Scottish Leaving Certificate Examination, 1957
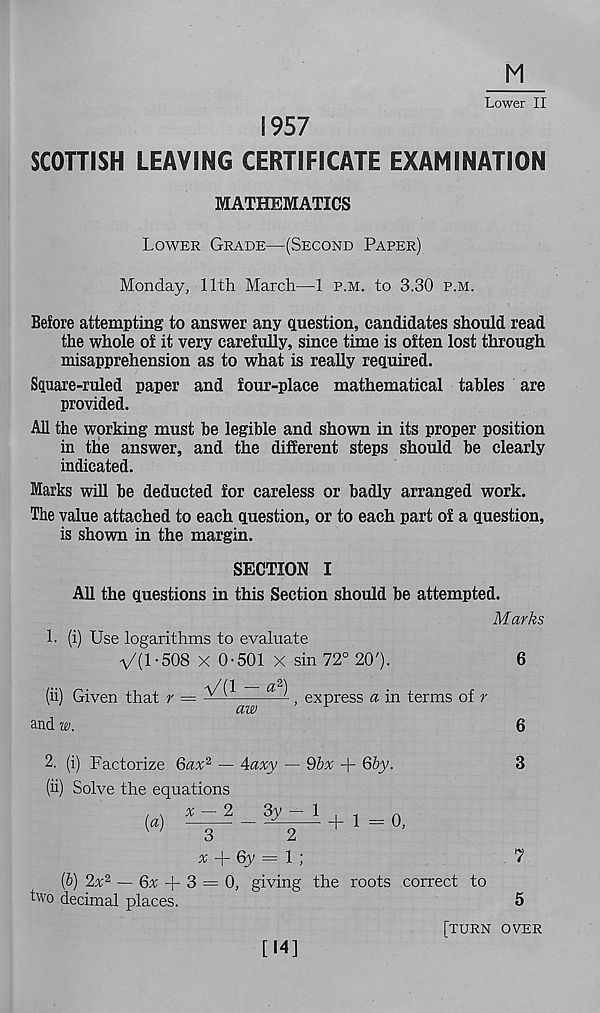
Lower II
1957
SCOTTISH LEAVING CERTIFICATE EXAMINATION
MATHEMATICS
Lower Grade—(Second Paper)
Monday, 11th March—1 p.m. to 3.30 p.m.
Before attempting to answer any question, candidates should read
the whole of it very carefully, since time is often lost through
misapprehension as to what is really required.
Square-ruled paper and four-place mathematical tables are
provided.
All the working must be legible and shown in its proper position
in the answer, and the different steps should be clearly
indicated.
Marks will be deducted for careless or badly arranged work.
The value attached to each question, or to each part of a question,
is shown in the margin.
SECTION I
All the questions in this Section should be attempted.
Marks
1- (i) Use logarithms to evaluate
V(l-508 X 0-501 X sin 72° 20').
6
6
2. (i) Factorize Qax 2 - — ^axy — 9bx + Qby.
3
(ii) Solve the equations
x
6y = l ]
1
(b) 2% 2 — 6% + 3 = 0, giving the roots correct to
two decimal places.
5
[turn over
[14]